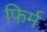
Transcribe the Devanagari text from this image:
फिर्म